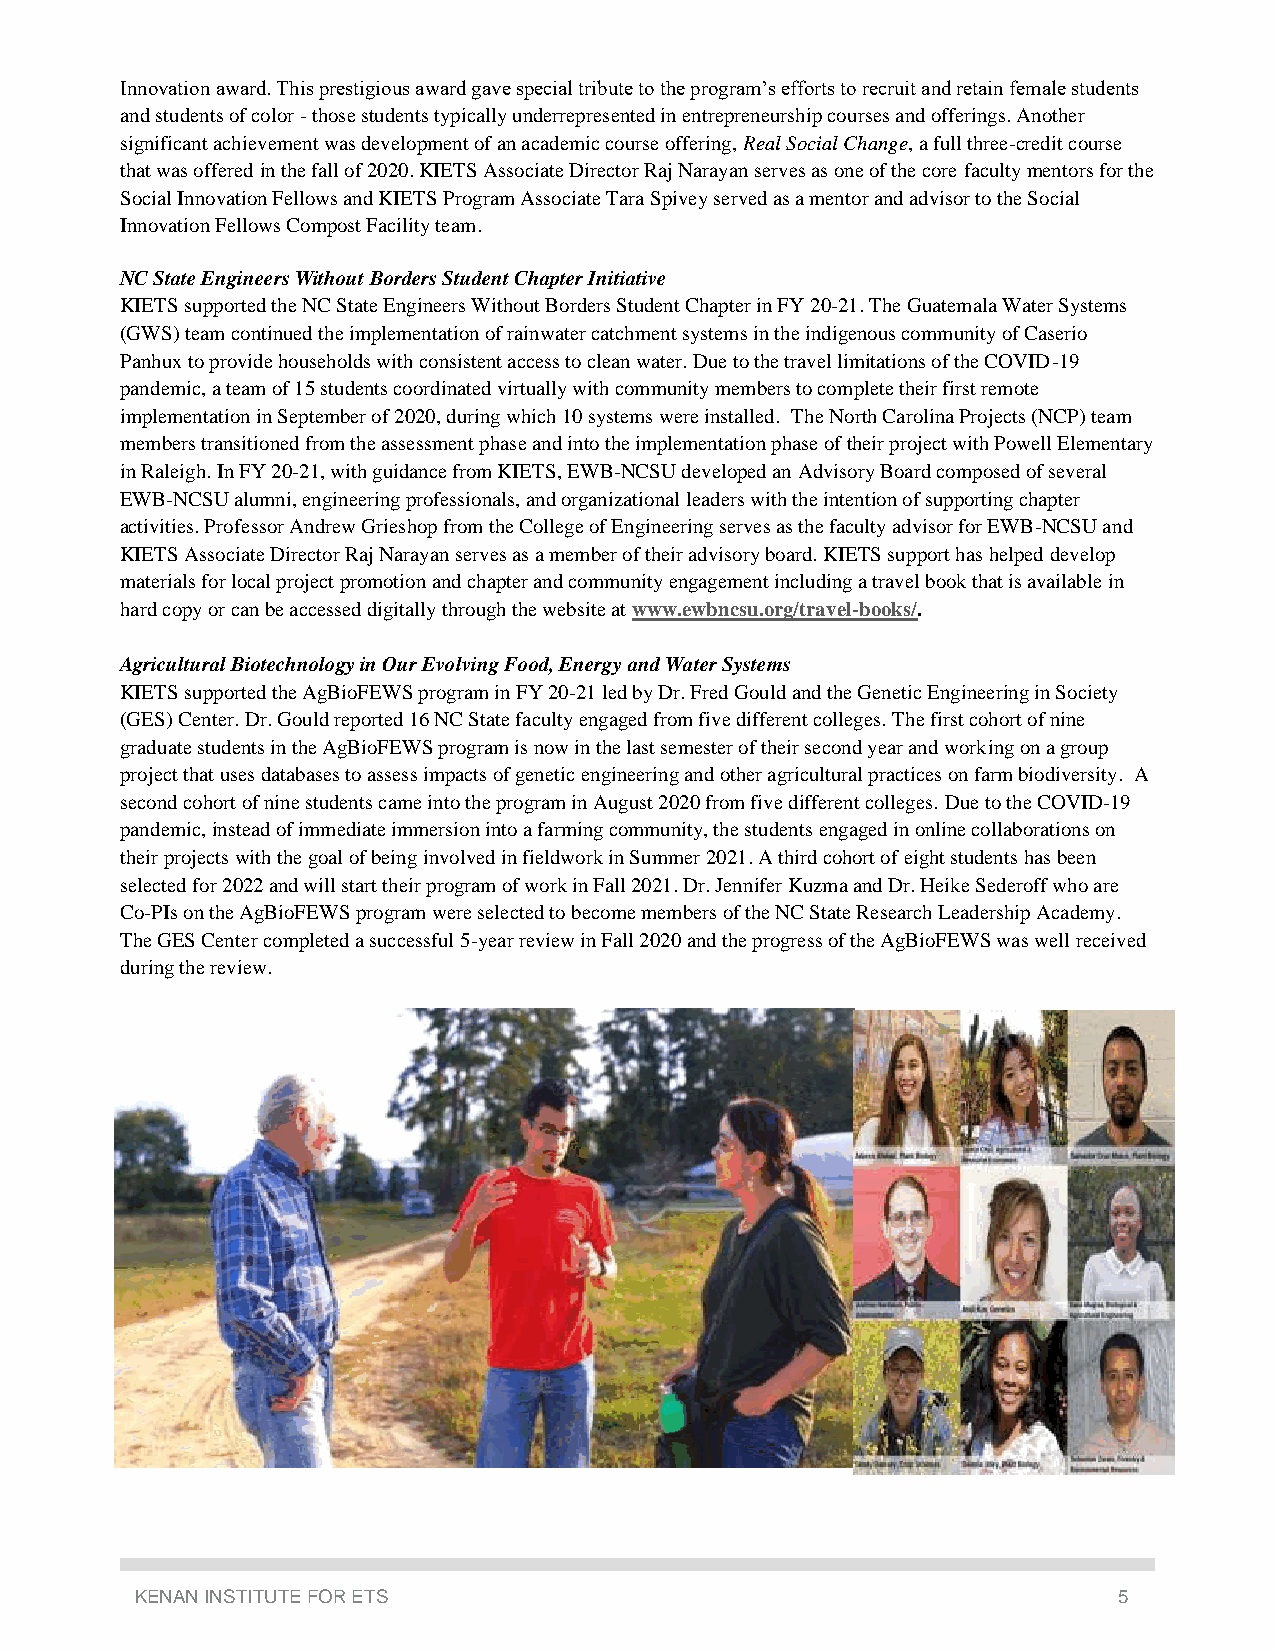
Innovation award. This prestigious award gave special tribute to the program’s efforts to recruit and retain female students
 and students of color - those students typically underrepresented in entrepreneurship courses and offerings. Another
 significant achievement was development of an academic course offering, Real Social Change, a full three-credit course
 that was offered in the fall of 2020. KIETS Associate Director Raj Narayan serves as one of the core faculty mentors for the
 Social Innovation Fellows and KIETS Program Associate Tara Spivey served as a mentor and advisor to the Social
 Innovation Fellows Compost Facility team.
 NC State Engineers Without Borders Student Chapter Initiative
 KIETS supported the NC State Engineers Without Borders Student Chapter in FY 20-21. The Guatemala Water Systems
 (GWS) team continued the implementation of rainwater catchment systems in the indigenous community of Caserio
 Panhux to provide households with consistent access to clean water. Due to the travel limitations of the COVID-19
 pandemic, a team of 15 students coordinated virtually with community members to complete their first remote
 implementation in September of 2020, during which 10 systems were installed. The North Carolina Projects (NCP) team
 members transitioned from the assessment phase and into the implementation phase of their project with Powell Elementary
 in Raleigh. In FY 20-21, with guidance from KIETS, EWB-NCSU developed an Advisory Board composed of several
 EWB-NCSU alumni, engineering professionals, and organizational leaders with the intention of supporting chapter
 activities. Professor Andrew Grieshop from the College of Engineering serves as the faculty advisor for EWB-NCSU and
 KIETS Associate Director Raj Narayan serves as a member of their advisory board. KIETS support has helped develop
 materials for local project promotion and chapter and community engagement including a travel book that is available in
 hard copy or can be accessed digitally through the website at www.ewbncsu.org/travel-books/.
 Agricultural Biotechnology in Our Evolving Food, Energy and Water Systems
 KIETS supported the AgBioFEWS program in FY 20-21 led by Dr. Fred Gould and the Genetic Engineering in Society
 (GES) Center. Dr. Gould reported 16 NC State faculty engaged from five different colleges. The first cohort of nine
 graduate students in the AgBioFEWS program is now in the last semester of their second year and working on a group
 project that uses databases to assess impacts of genetic engineering and other agricultural practices on farm biodiversity. A
 second cohort of nine students came into the program in August 2020 from five different colleges. Due to the COVID-19
 pandemic, instead of immediate immersion into a farming community, the students engaged in online collaborations on
 their projects with the goal of being involved in fieldwork in Summer 2021. A third cohort of eight students has been
 selected for 2022 and will start their program of work in Fall 2021. Dr. Jennifer Kuzma and Dr. Heike Sederoff who are
 Co-PIs on the AgBioFEWS program were selected to become members of the NC State Research Leadership Academy.
 The GES Center completed a successful 5-year review in Fall 2020 and the progress of the AgBioFEWS was well received
 during the review.
 KENAN INSTITUTE FOR ETS                                          5